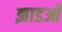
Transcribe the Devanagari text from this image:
झाडओं